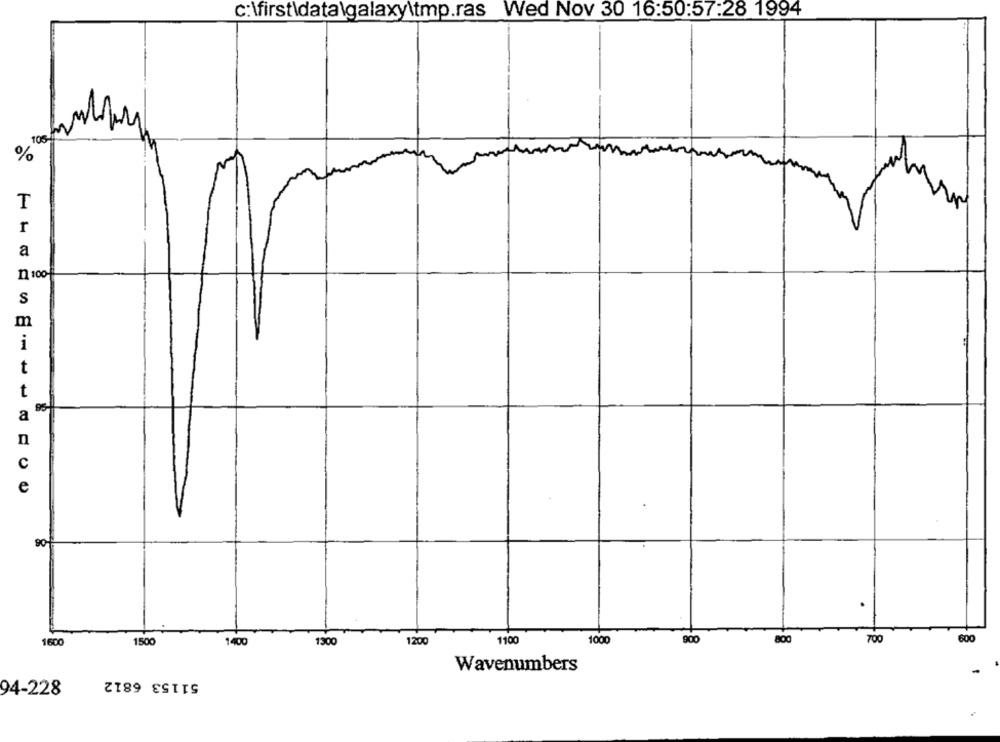
c:\first\data\galaxy\tmp.ras Wed Nov 30 16:50:57:28 1994
%
T
r
a
n 100
S
m
i
t
t
a
n
e
90
700
600
1600
1500
1400
1300
1200
1100
1000
900
800
Wavenumbers
51153 6812
94-228